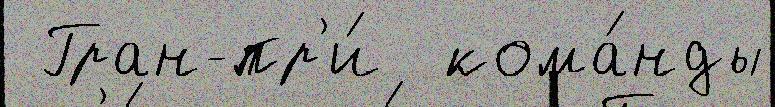
 Гран-пр'и́  кома́нды